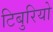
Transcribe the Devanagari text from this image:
टिबुरियो